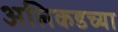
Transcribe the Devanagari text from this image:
अलिकडच्‍या